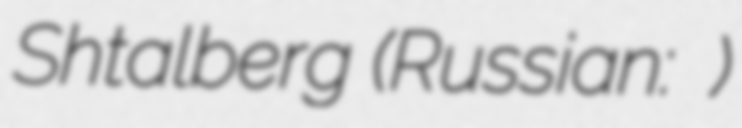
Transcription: Shtalberg (Russian: Дом Штальберга)